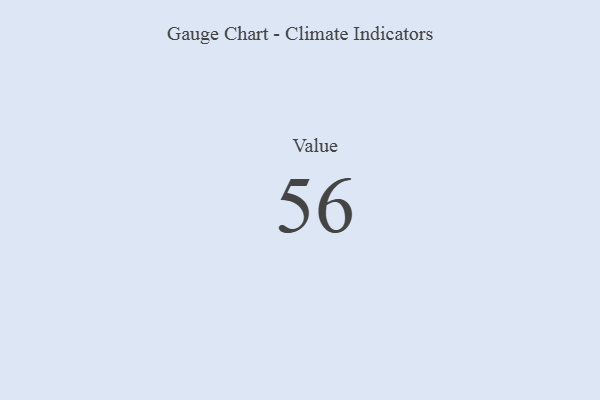
{"axis": {"x": "Metric", "y": "Value"}, "legend": [""], "data": [{"x": "Value", "y": 56, "type": ""}]}